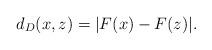
LaTeX: \begin{align*}d_D(x,z) = |F(x) - F(z)|. \end{align*}